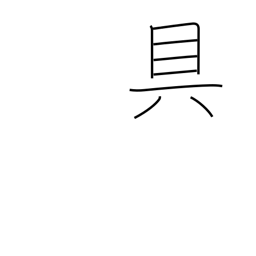
Meaning: means